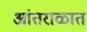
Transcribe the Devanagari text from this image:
आंतराळात